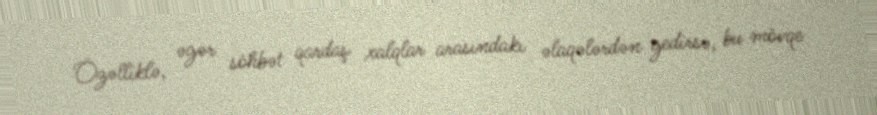
Özəlliklə, əgər söhbət qardaş xalqlar arasındakı əlaqələrdən gedirsə, bu mövqe